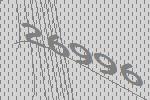
26996